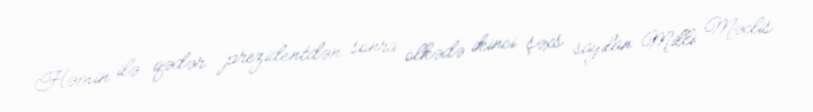
Həmin ilə qədər prezidentdən sonra ölkədə ikinci şəxs sayılan Milli Məclis